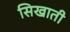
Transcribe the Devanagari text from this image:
सिखाती